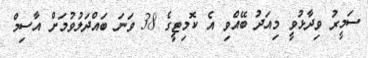
ސަމީރު ވިދާޅުވީ މިއަދު ބޭއްވި އެ ކޮމިޓީގެ 38 ވަނަ ބައްދަލުވުމަށް އާސިމް